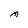
Character: M